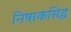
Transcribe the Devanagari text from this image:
निषाकसिद्ध